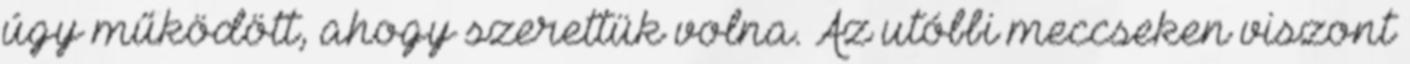
úgy működött, ahogy szerettük volna. Az utóbbi meccseken viszont